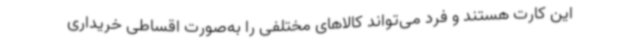
این کارت هستند و فرد می‌تواند کالاهای مختلفی را به‌صورت اقساطی خریداری